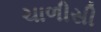
ચાળીસી